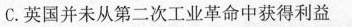
C.英国并未从第二次工业革命中获得利益